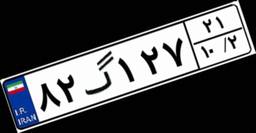
۲۵گ۷۵۱۴۴